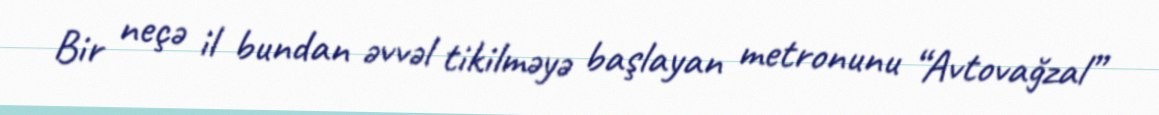
Bir neçə il bundan əvvəl tikilməyə başlayan metronunu “Avtovağzal”